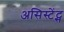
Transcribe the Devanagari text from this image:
असिस्टेंट्स